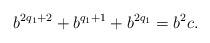
LaTeX: \begin{align*}b^{2q_1+2}+b^{q_1+1}+b^{2q_1}=b^2c.\end{align*}